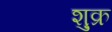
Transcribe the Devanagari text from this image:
शु़क्र